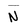
Character: N